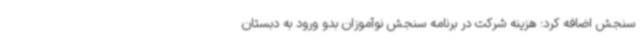
سنجش اضافه کرد: هزینه شرکت در برنامه سنجش نوآموزان بدو ورود به دبستان